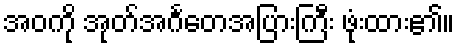
အဝကို အုတ်အင်္ဂတေအပြားကြီး ဖုံးထား၏။